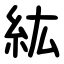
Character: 紘